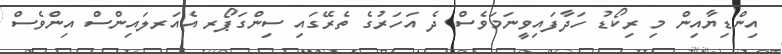
އިންޑިޔާއިން މި ރިކޯޑު ހަދާފައިވީނަމަވެސް ދެ އަހަރުގެ ތެރޭގައި ސިންގަޕޯރ އެއަރލައިންސް އިންވެސް